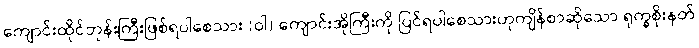
ကျောင်းထိုင်ဘုန်းကြီးဖြစ်ရပါစေသား (ဝါ) ကျောင်းအိုကြီးကို ပြင်ရပါစေသားဟုကျိန်စာဆိုသော ရုက္ခစိုးနတ်